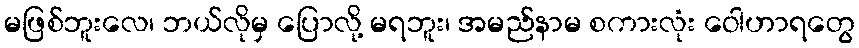
မဖြစ်ဘူးလေ၊ ဘယ်လိုမှ ပြောလို့ မရဘူး၊ အမည်နာမ စကားလုံး ဝေါဟာရတွေ